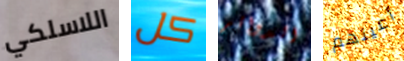
اللاسلكي كل الدوائر أعينهم